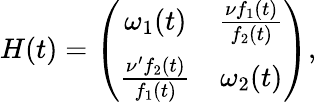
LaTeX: \begin{array}{r}{H(t)=\left(\begin{array}{cc}{\omega_{1}(t)}&{\frac{\nu f_{1}(t)}{f_{2}(t)}}\\ {\frac{\nu^{\prime}f_{2}(t)}{f_{1}(t)}}&{\omega_{2}(t)}\end{array}\right),}\end{array}